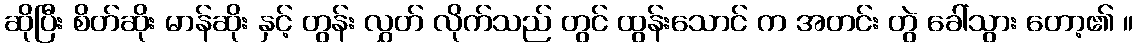
ဆိုပြီး စိတ်ဆိုး မာန်ဆိုး နှင့် တွန်း လွှတ် လိုက်သည် တွင် ထွန်းသောင် က အတင်း တွဲ ခေါ်သွား တော့၏ ။